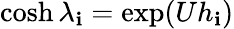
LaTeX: \cosh\lambda_{\mathbf{i}}=\exp(Uh_{\mathbf{i}})